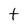
Character: t